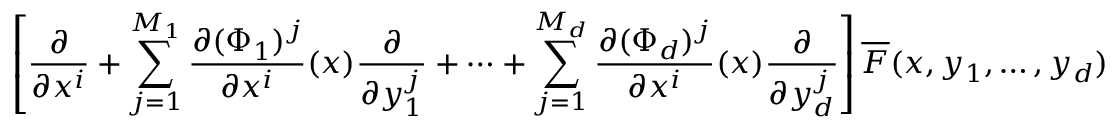
\left[ \frac { \partial } { \partial x ^ { i } } + \sum _ { j = 1 } ^ { M _ { 1 } } \frac { \partial ( \Phi _ { 1 } ) ^ { j } } { \partial x ^ { i } } ( x ) \frac { \partial } { \partial y _ { 1 } ^ { j } } + \cdots + \sum _ { j = 1 } ^ { M _ { d } } \frac { \partial ( \Phi _ { d } ) ^ { j } } { \partial x ^ { i } } ( x ) \frac { \partial } { \partial y _ { d } ^ { j } } \right] \overline { { F } } ( x , y _ { 1 } , \ldots , y _ { d } )